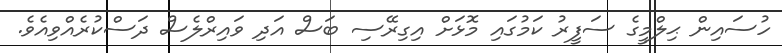
ހުސައިން ޙިލްމީގެ ސަފީރު ކަމުގައި މޮޅަށް އިގިރޭސި ބަސް އަދި ވައިރްލެސް ދަސްކުރެއްވިއެވެ.